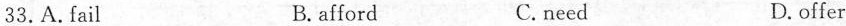
33.A. fail B. afford C. need D. offer